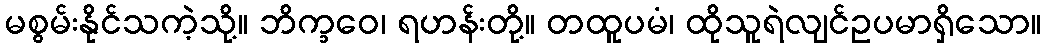
မစွမ်းနိုင်သကဲ့သို့။ ဘိက္ခဝေ၊ ရဟန်းတို့။ တထူပမံ၊ ထိုသူရဲလျင်ဥပမာရှိသော။